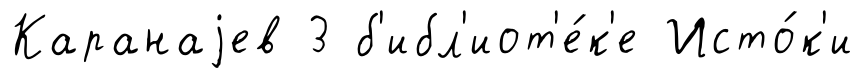
Каранаjев 3 б'ибл'иот'е́к'е Исто́к'и